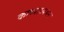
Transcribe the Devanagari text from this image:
काव्याध्ययन